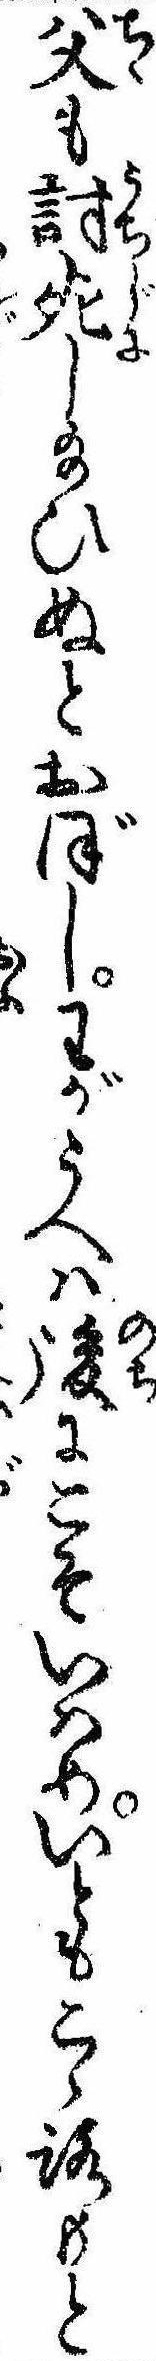
父も討死し給ひぬとおぼしわがうへは後にこそいはめいともこゝろもと